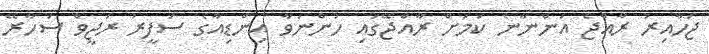
ޖަހާއިރު ރާއްޖެ އަންނާނެ ކަމަށް ރާއްޖޭގައި ހުންނަވާ އިންޑިއާގެ ސަފީރު ރަޖީވް ސަހާރޭ